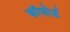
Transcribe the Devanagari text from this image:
कॉफोर्ड